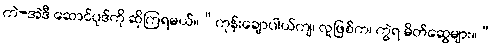
ကဲ-အဲဒီ ဆောင်ပုဒ်ကို ဆိုကြရမယ်။“ကုန်းချောပါယ်ကျ၊ လူဖြစ်က၊ ကွဲရ မိတ်ဆွေများ။”